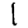
Digit: 1